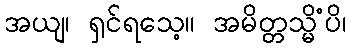
အယျ၊ ရှင်ရသေ့။ အမိတ္တသ္မိံပိ၊